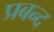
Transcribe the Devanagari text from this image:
प्रबन्द